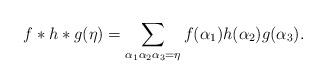
LaTeX: \begin{align*}f\ast h\ast g(\eta)=\sum_{\alpha_1\alpha_2\alpha_3=\eta}f(\alpha_1)h(\alpha_2)g(\alpha_3).\end{align*}